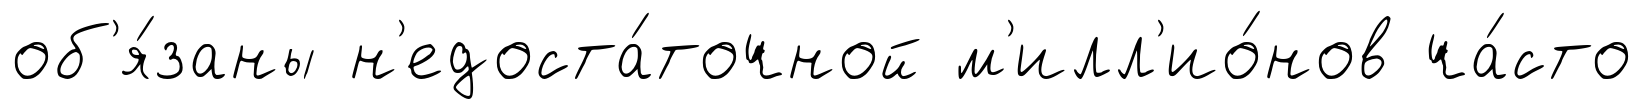
об'я́заны н'едоста́точной м'илл'ио́нов ча́сто